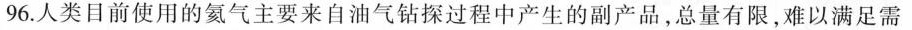
96.人类目前使用的氦气主要来自油气钻探过程中产生的副产品，总量有限，难以满足需